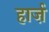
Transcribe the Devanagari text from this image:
हार्ज़